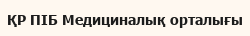
ҚР ПІБ Медициналық орталығы